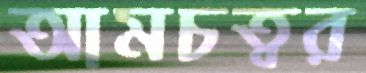
আমচত্বর